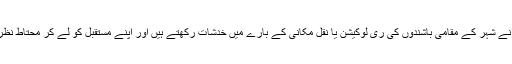
شہری پرانے شہر کے مقامی باشندوں کی ری لوکیشن یا نقل مکانی کے بارے میں خدشات رکھتے ہیں اور اپنے مستقبل کو لے کر محتاط نظر آتے ہیں۔